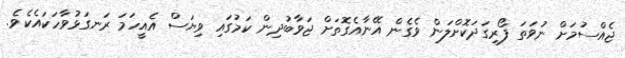
ޖެއްސުމަށް ނުވަތަ ފޯރިގަދަކޮށްލަން ވެގެން އޭނާއެގޮތަށް ޖަވާބުދިން ކަމުގައި ވިޔަސް އެއީހަމަ ރަނގަޅުވާހަކައެކެވެ.